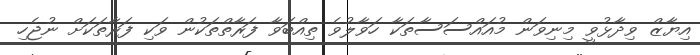
އިޔާޒް ވިދާޅުވީ މިނިވަން މުއައްސަސާތަކާ ހަވާލުވެ ތިއްބަވާ ފަރާތްތަކުން ވަކި ފަރާތަކަށް ނުޖެހި